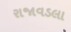
રાજાવડલા